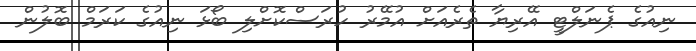
ނިއުގެ ޕެނަލްޓީ އޭރިޔާ ތެރެއަށް އުމޭރު ހުރަސްކޮށްލި ބޯޅަ ނިއުގެ ކަރަމް ބޮލުން